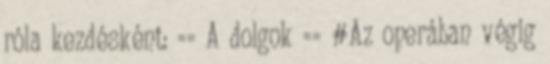
róla kezdésként: == A dolgok == #Az operában végig